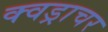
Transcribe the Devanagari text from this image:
क्वड्राचर